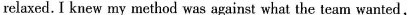
relaxed. I knew my method was against what the team wanted,